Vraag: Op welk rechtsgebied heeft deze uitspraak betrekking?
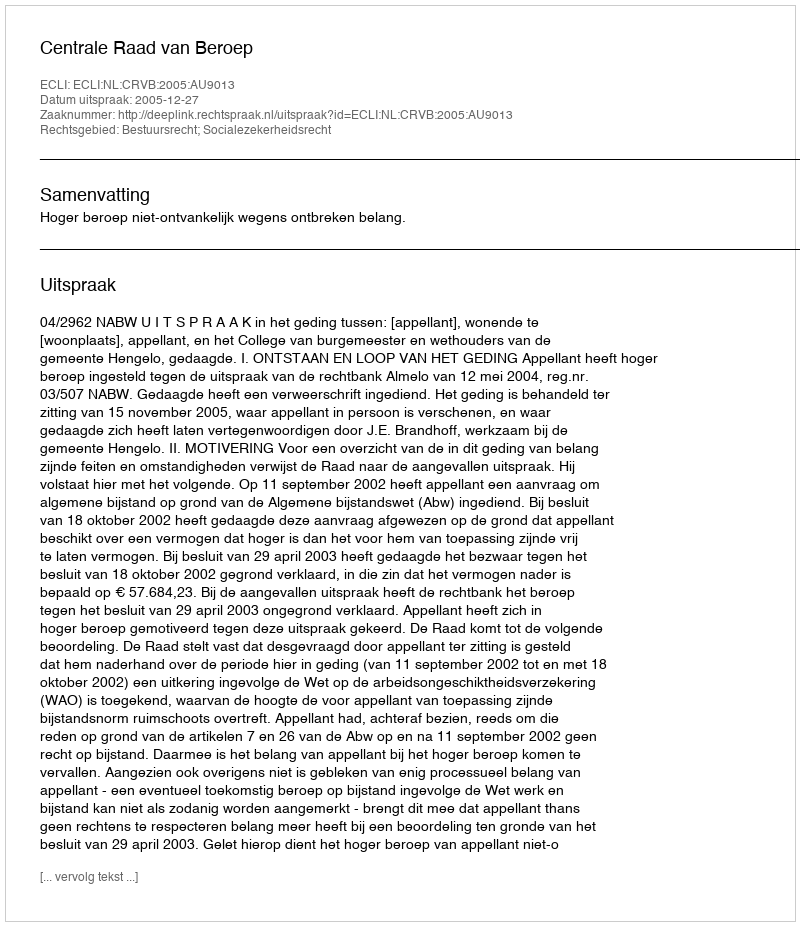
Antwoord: Bestuursrecht; Socialezekerheidsrecht